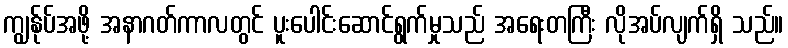
ကျွန်ုပ်အဖို့ အနာဂတ်ကာလတွင် ပူးပေါင်းဆောင်ရွက်မှုသည် အရေးတကြီး လိုအပ်လျက်ရှိ သည်။